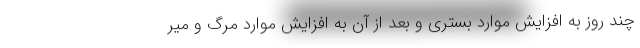
چند روز به افزایش موارد بستری و بعد از آن به افزایش موارد مرگ و میر